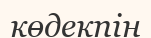
көдекпін